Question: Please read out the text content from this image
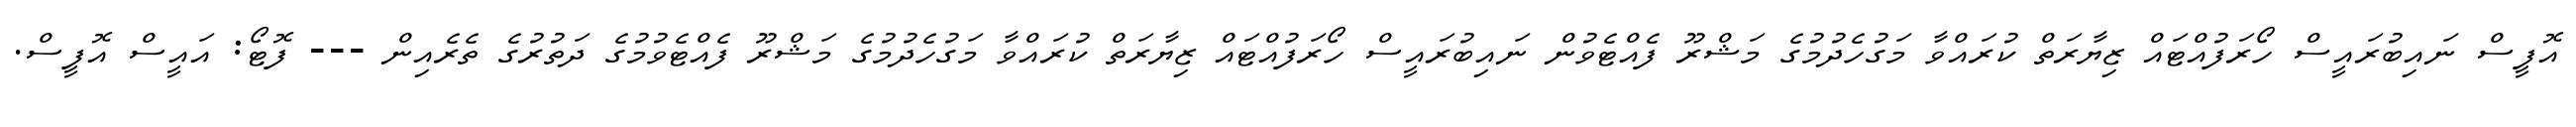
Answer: އޮފީސް ނައިބުރައީސް ހޯރަފުއްޓައް ޒިޔާރަތް ކުރައްވާ މަގުހެދުމުގެ މަޝްރޫ ފެއްޓެވުން ނައިބުރައީސް ހޯރަފުއްޓައް ޒިޔާރަތް ކުރައްވާ މަގުހެދުމުގެ މަޝްރޫ ފެއްޓެވުމުގެ ދަތުރުގެ ތެރެއިން --- ފޮޓޯ: އައީސް އޮފީސް.